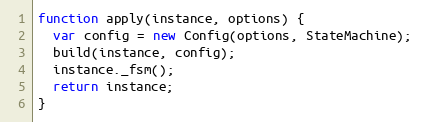
Language: JavaScript
function apply(instance, options) {
  var config = new Config(options, StateMachine);
  build(instance, config);
  instance._fsm();
  return instance;
}